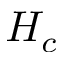
H _ { c }